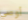
أوصي